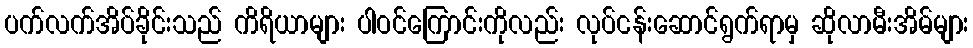
ပက်လက်အိပ်ခိုင်းသည် ကိရိယာများ ပါဝင်ကြောင်းကိုလည်း လုပ်ငန်းဆောင်ရွက်ရာမှ ဆိုလာမီးအိမ်များ